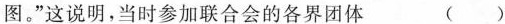
图。”这说明，当时参加联合会的各界团体 ( )